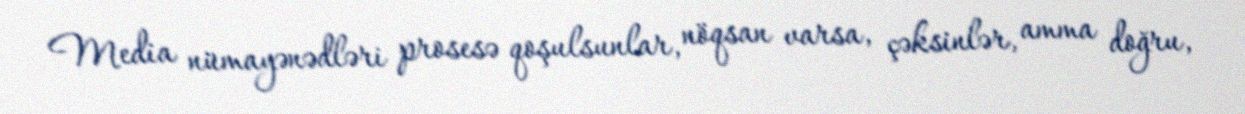
Media nümayənədləri prosesə qoşulsunlar, nöqsan varsa, çəksinlər, amma doğru,